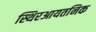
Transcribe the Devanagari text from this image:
स्थिरआयतनिक